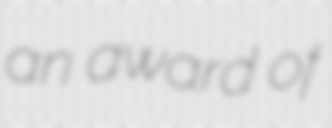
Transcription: an award of